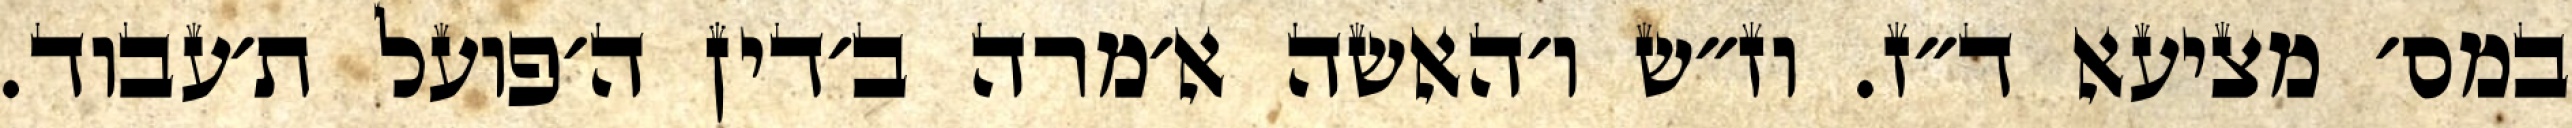
במס׳ מציעא ד״ז. וז״ש ו׳האשה א׳מרה ב׳דין ה׳פועל ת׳עבוד.